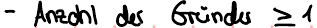
- Anzahl der Gründer >1